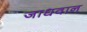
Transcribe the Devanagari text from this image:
जाधवान